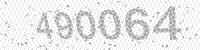
Solution: 490064